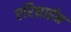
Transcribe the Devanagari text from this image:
एरिथ्राईन